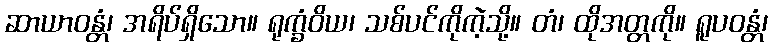
ဆာယာဝန္တံ၊ အရိပ်ရှိသော။ ရုက္ခံဝိယ၊ သစ်ပင်ကိုကဲ့သို့။ တံ၊ ထိုအတ္တကို။ ရူပဝန္တံ၊